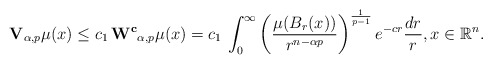
\begin{align*} \mathbf{V}_{\alpha, p}\mu(x) \le c_1\, \mathbf{W^{c}}_{\alpha, p}\mu(x) =c_1 \, \int_0^{\infty} \left(\frac{\mu(B_r(x))}{r^{n-\alpha p}}\right)^{\frac{1}{p-1}}e^{-c r} \frac{dr}{r}, x \in \mathbb{R}^n.\end{align*}